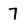
Character: 7